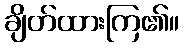
ချိတ်ထားကြ၏။